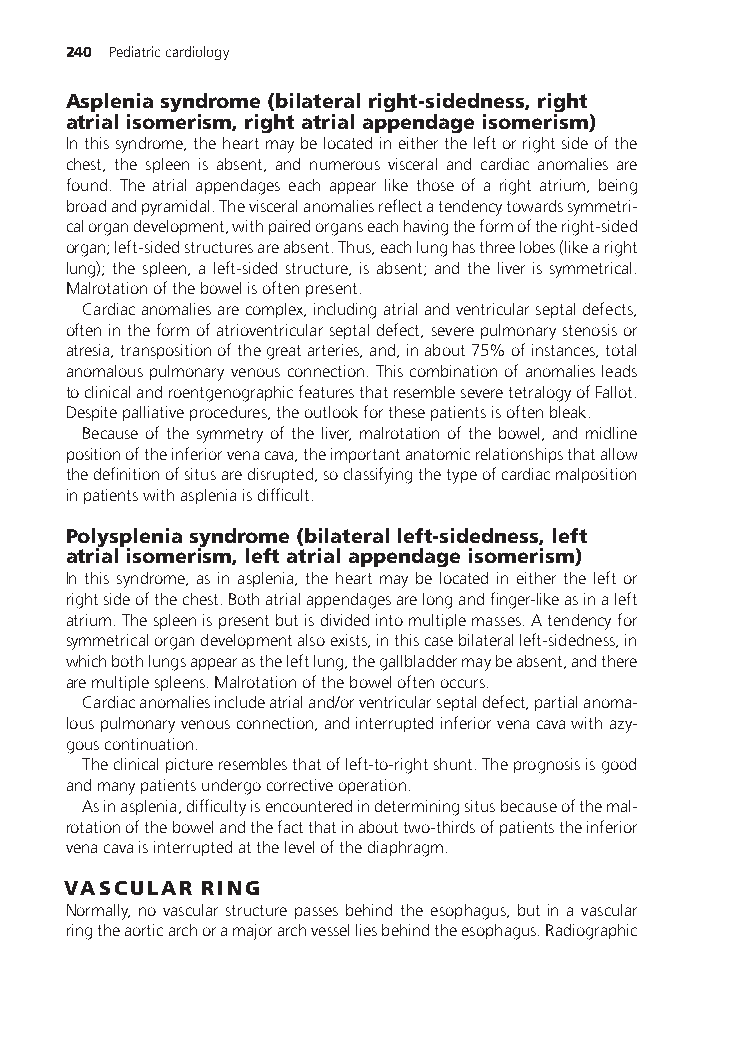
240 Pediatriccardiology
 Aspleniasyndrome(bilateralright-sidedness,right
 atrialisomerism,rightatrialappendageisomerism)
 Inthissyndrome,theheartmaybelocatedineithertheleftorrightsideofthe
 chest, the spleen is absent, and numerous visceral and cardiac anomalies are
 found. The atrial appendages each appear like those of a right atrium, being
 broadandpyramidal.Thevisceralanomaliesreflectatendencytowardssymmetri-
 calorgandevelopment,withpairedorganseachhavingtheformoftheright-sided
 organ;left-sidedstructuresareabsent.Thus,eachlunghasthreelobes(likearight
 lung); the spleen, a left-sided structure, is absent; and the liver is symmetrical.
 Malrotationofthebowelisoftenpresent.
 Cardiacanomaliesarecomplex,includingatrialandventricularseptaldefects,
 oftenintheformofatrioventricularseptaldefect,severepulmonarystenosisor
 atresia,transpositionofthegreatarteries,and,inabout75%ofinstances,total
 anomalouspulmonaryvenousconnection.Thiscombinationofanomaliesleads
 toclinicalandroentgenographicfeaturesthatresembleseveretetralogyofFallot.
 Despitepalliativeprocedures,theoutlookforthesepatientsisoftenbleak.
 Because of the symmetry of the liver, malrotation of the bowel, and midline
 positionoftheinferiorvenacava,theimportantanatomicrelationshipsthatallow
 thedefinitionofsitusaredisrupted,soclassifyingthetypeofcardiacmalposition
 inpatientswithaspleniaisdifficult.
 Polyspleniasyndrome(bilateralleft-sidedness,left
 atrialisomerism,leftatrialappendageisomerism)
 In this syndrome, as in asplenia, the heart may be located in either the left or
 rightsideofthechest.Bothatrialappendagesarelongandfinger-likeasinaleft
 atrium.Thespleenispresentbutisdividedintomultiplemasses.Atendencyfor
 symmetricalorgandevelopmentalsoexists,inthiscasebilateralleft-sidedness,in
 whichbothlungsappearastheleftlung,thegallbladdermaybeabsent,andthere
 aremultiplespleens.Malrotationoftheboweloftenoccurs.
 Cardiacanomaliesincludeatrialand/orventricularseptaldefect,partialanoma-
 louspulmonaryvenousconnection,andinterruptedinferiorvenacavawithazy-
 gouscontinuation.
 Theclinicalpictureresemblesthatofleft-to-rightshunt.Theprognosisisgood
 andmanypatientsundergocorrectiveoperation.
 Asinasplenia,difficultyisencounteredindeterminingsitusbecauseofthemal-
 rotationofthebowelandthefactthatinabouttwo-thirdsofpatientstheinferior
 venacavaisinterruptedatthelevelofthediaphragm.
 VASCULAR RING
 Normally, no vascular structure passes behind the esophagus, but in a vascular
 ringtheaorticarchoramajorarchvesselliesbehindtheesophagus.Radiographic